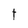
Character: t